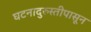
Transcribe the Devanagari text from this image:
घटनादुरुस्तीपासून